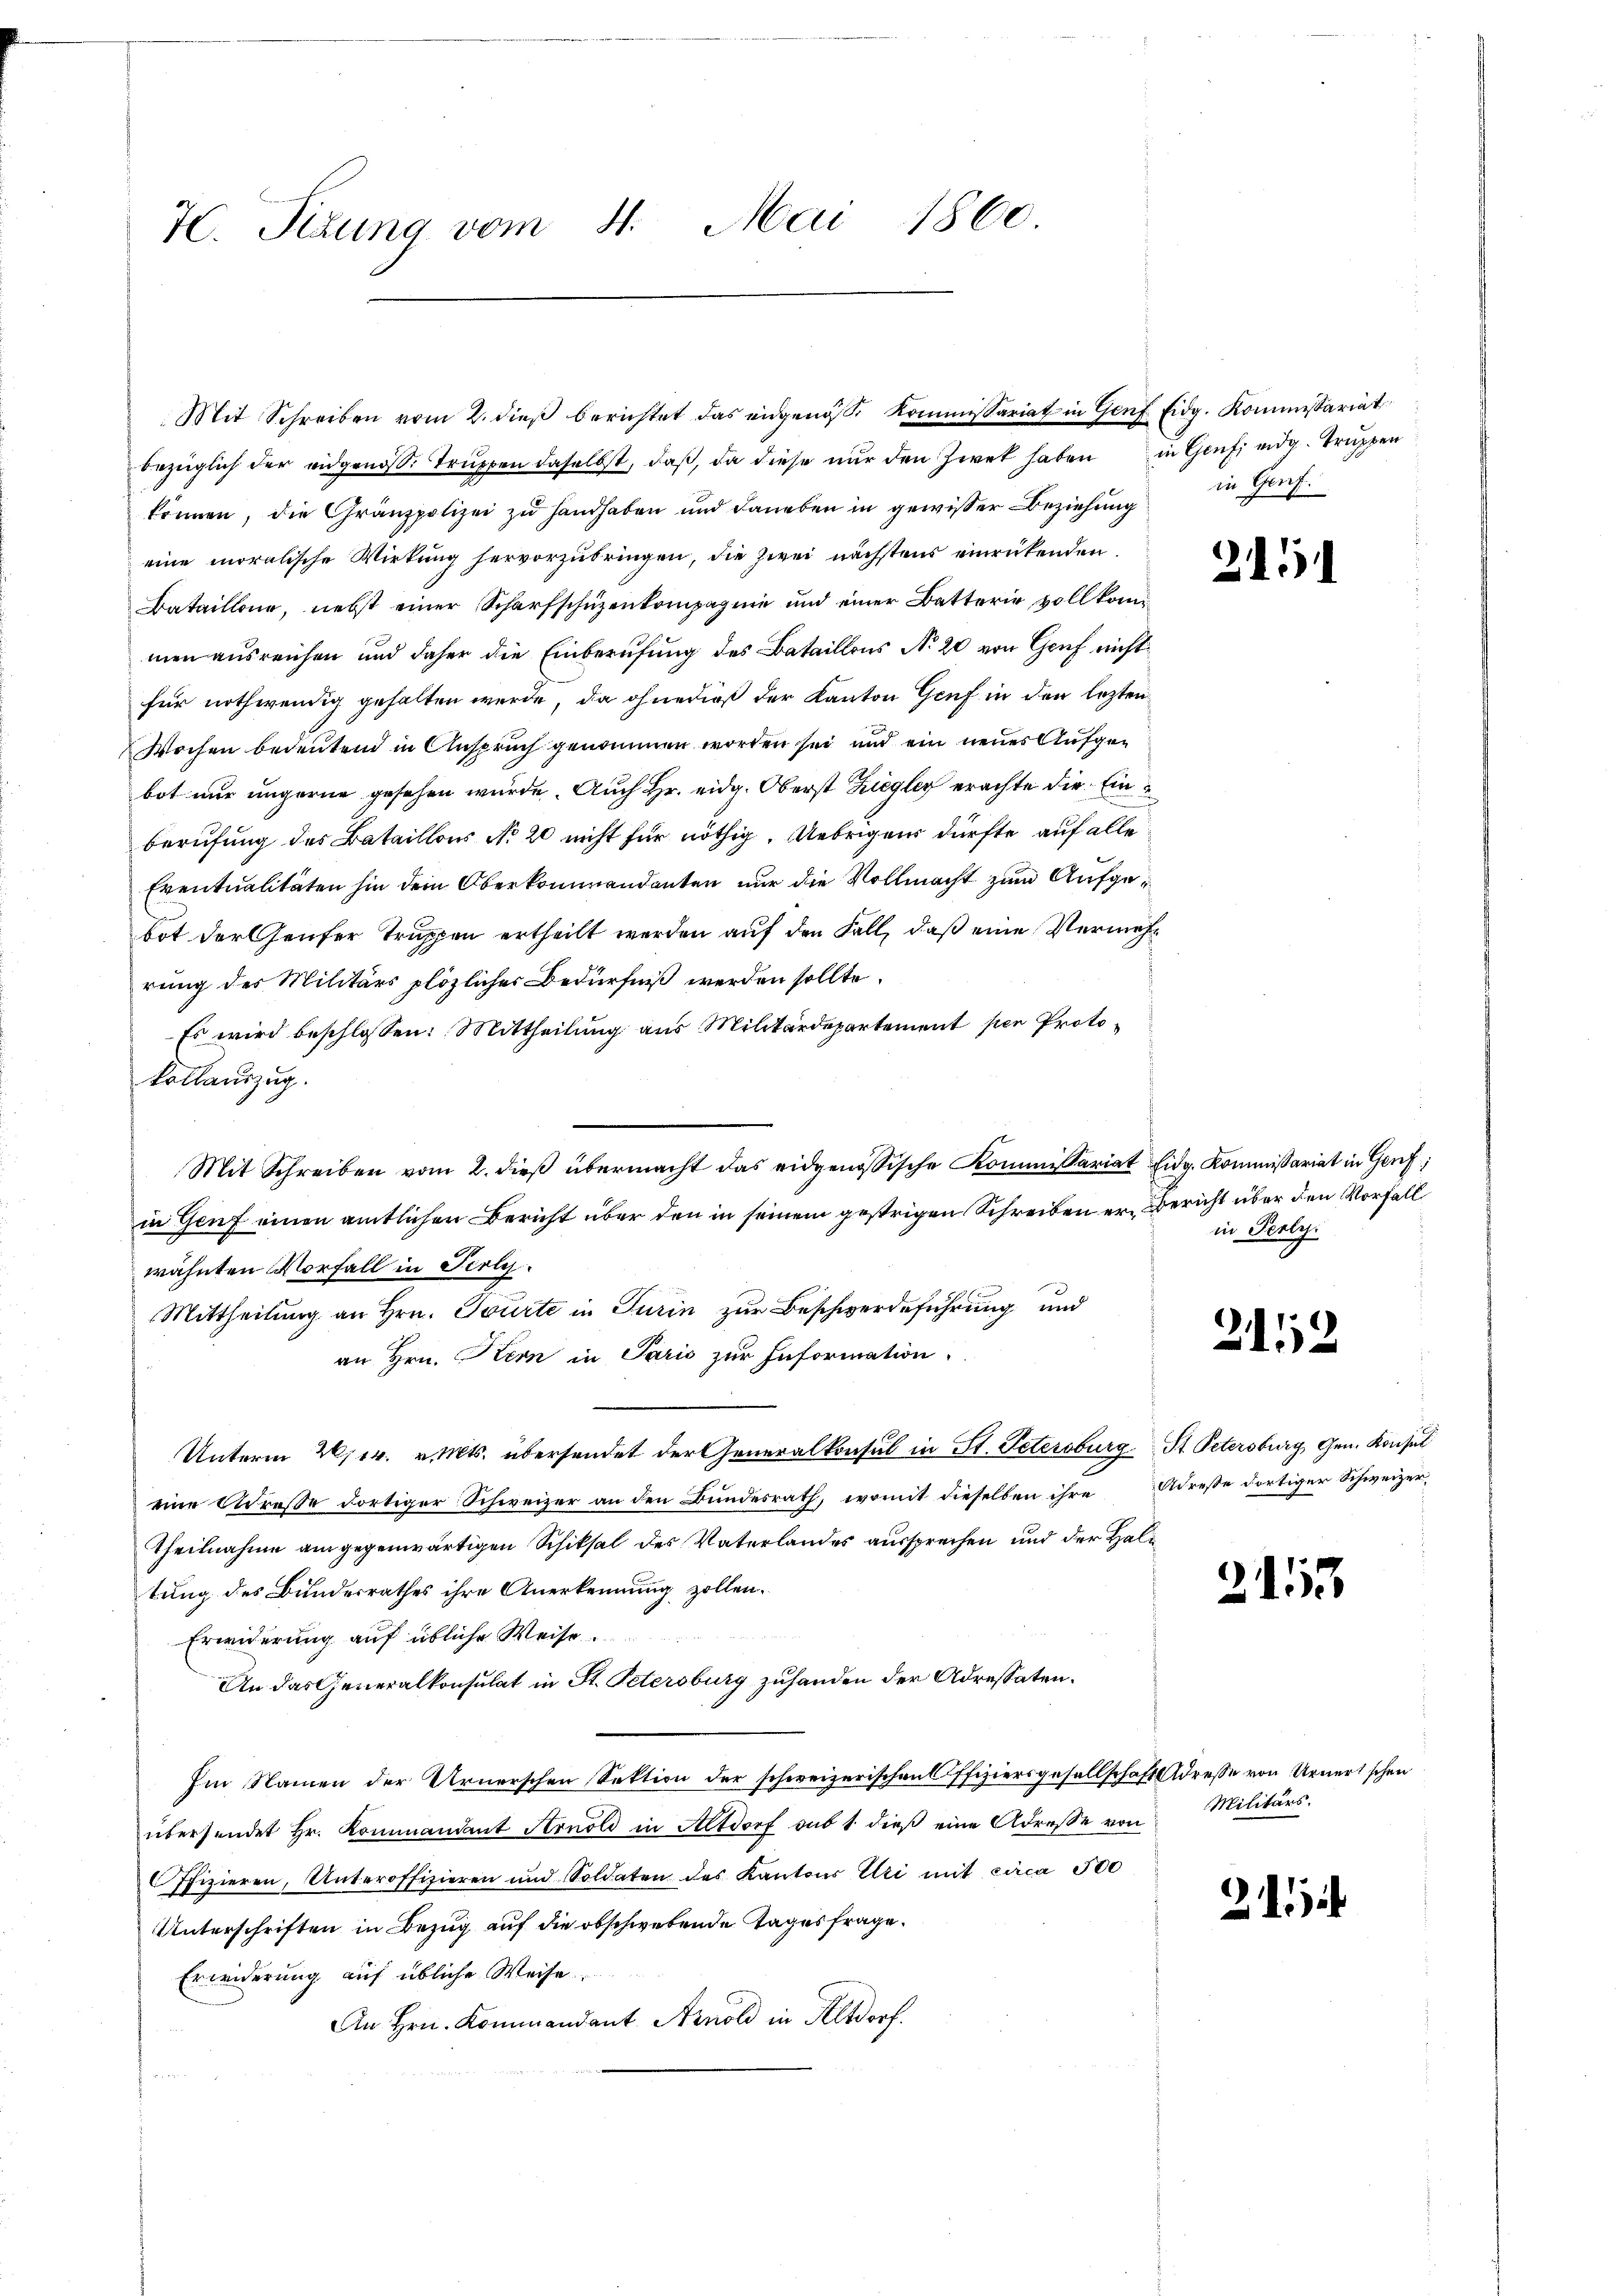
7. Tizung vom 4. Mai 1860

können, die Gränzpolizei zu Handhaben und daneben in gewisser Beziehung
eine moralische Wirkung hervorzubringen, die zwei nächstens einrückenden.
Bataillone, nebst einer Scharfschüzenkompagnie und einer Betterie vollkom
men ausreichen und daher die Einberufung des Bataillons No 20 von Gruf nicht
für nothwendig gehalten werde, da ohne dieß der Kanton Genf in den lezten¬
Wochen bedeutend in Anspruch genommen worden sei und ein neues Aufgebot nur ungerne gesehen wurde. Auch Hr. eidg. Oberst Ziegler erachte die Einberufung des Bataillons No 20 nicht für nöthig. Uebrigens dürfte auf alle
Eventualitäten hin dem Oberkommendanten nur die Vollmacht zum Aufgebot der Genfer Truppen ertheilt werden auf den Fall, daß eine Vermehrung des Militärs plözlicher Bedürfniß werden sollte.
Es wird beschlossen: Mittheilung aus Militärdepartement per Protokollauszug.
Mit Schreiben vom 2. dieβ übermacht das eidgenössische Kommissariat Eidg. Kommissariat in Genf,
in Genf einen amtlichen Bericht über den in seinem gestrigen Schreiben er- Bericht über den Vorfall
wähnten Vorfall in Seely.
Mittheilung an Hrn. Tourte in Turin zur Beschwerdeführung und
an Hrn. Kern in Paris zur Information
Unterm 21. v. Mts. übersendet der Generalkonsul in St. Petersburg St. Petersburg Gen. Konsul
eine Adrese dortiger Schweizer an den Bŭndesrath, womit dieselben ihre Adresse dortiger Schweizer¬
Theilnahme am gegenwärtigen Schiksal des Vaterlandes aussprechen und der Haltung des Bundesrathes ihre Anerkennung zollen.
Erwiderung auf übliche Weise
An das Generalkonsulat in St. Petersburg zuhanden der Adressaten.
Im Namen der Urnerschen Sektion der schweizerischen Offiziersgesellschaft Adresse von Urnertschen
übersendet Hr. Kommandant Arnold in Altdorf sub 1. dieβ eine Adresse von Militärs.
Offizieren, Unteroffizieren und Soldaten des Kantons Uri mit circa 500
Unterschriften in Bezug auf die obschwebende Tages frage.
Erwiderung auf übliche Weise
An Hrn. Kommandant. Arnold in Altdorf.
u

Mit Schreiben vom 2. dieβ berichtet das eidgenöse Kommissariat in Genf Eidg. Kommissariat
bezüglich der eidgenöss. Truppen daselbst, daß, da diese nur den Zwek haben in Genf eidg. Truppen

in Genf.

2451

in Perly.

2152

2113

21